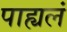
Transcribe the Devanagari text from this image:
पाह्यलं